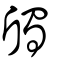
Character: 斶